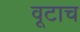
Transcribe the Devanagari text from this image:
वूटाच